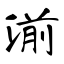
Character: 湔